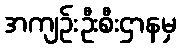
အကျဉ်းဦးစီးဌာနမှ